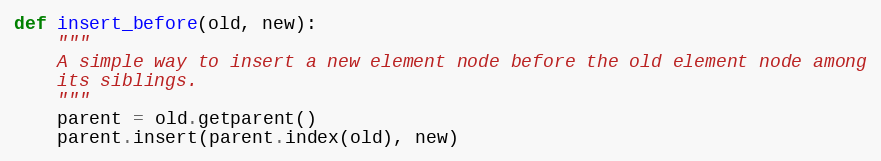
Language: Python
def insert_before(old, new):
    """
    A simple way to insert a new element node before the old element node among
    its siblings.
    """
    parent = old.getparent()
    parent.insert(parent.index(old), new)